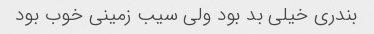
بندری خیلی بد بود ولی سیب زمینی خوب بود